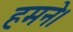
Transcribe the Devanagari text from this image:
हमने।